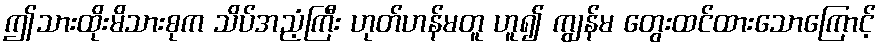
ဤသားထိုးမိသားစုက သိပ်အညံ့ကြီး ဟုတ်ဟန်မတူ ဟူ၍ ကျွန်မ တွေးထင်ထားသောကြောင့်